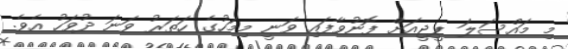
މި މައްސަލަ ޕީޖީއަށް ފޮނުވާފައި ވަނީ މިމަހުގެ ހަތަރު ވަނަ ދުވަހު އެވެ.